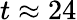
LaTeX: t\approx 24